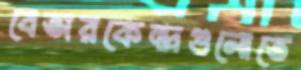
বেতারকেন্দ্রগুলোতে